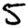
Digit: 5